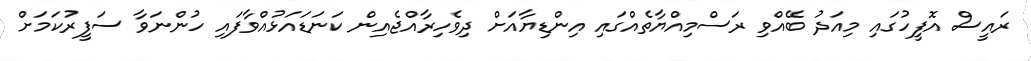
ރައީސް އޮފީހުގައި މިއަދު ބޭއްވި ރަސްމިއްޔާތެއްގައި އިންޑިޔާއަށް ދިވެހިރާއްޖެއިން ކަނަޑައަޅުއްވާފައި ހުންނަވާ ސަފީރުކަމަށް